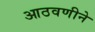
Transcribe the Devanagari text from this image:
आठवणीने